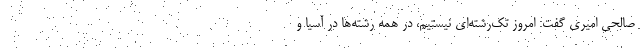
صالحی امیری گفت: امروز تک‌رشته‌ای نیستیم، در همه رشته‌ها در آسیا و